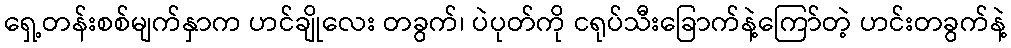
ရှေ့တန်းစစ်မျက်နှာက ဟင်ချိုလေး တခွက်၊ ပဲပုတ်ကို ငရုပ်သီးခြောက်နဲ့ကြော်တဲ့ ဟင်းတခွက်နဲ့